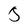
Character: 5